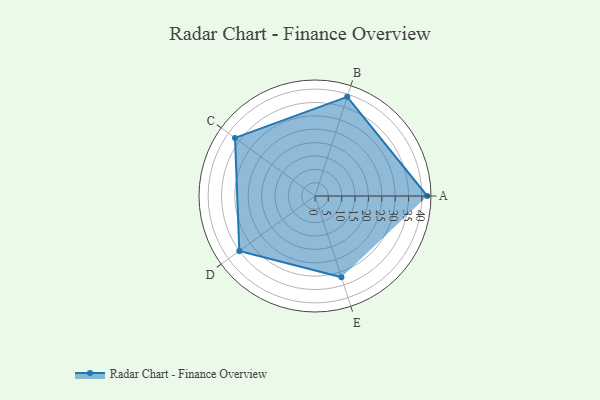
{"axis": {"x": "Skill", "y": "Score"}, "legend": ["Profile"], "data": [{"x": "A", "y": 42.0, "type": "Profile"}, {"x": "B", "y": 39.0, "type": "Profile"}, {"x": "C", "y": 37.0, "type": "Profile"}, {"x": "D", "y": 35.0, "type": "Profile"}, {"x": "E", "y": 32.0, "type": "Profile"}]}